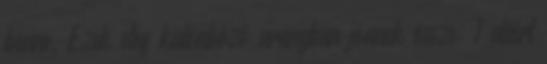
benne. Ezek elég különböző arányban jönnek össze: 1 aláírt